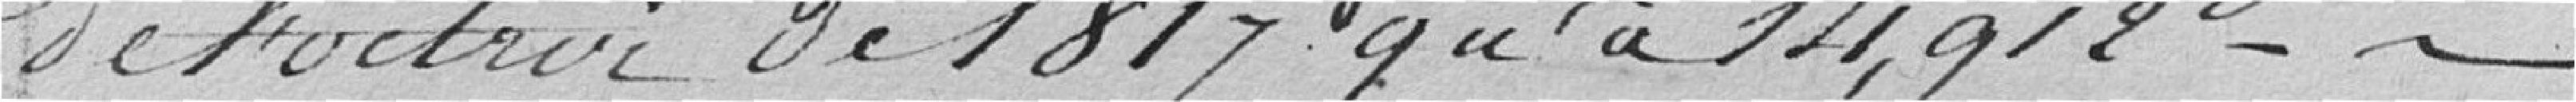
de l'octroi de 1817 qu'à 14,912 -